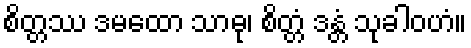
စိတ္တဿ ဒမထော သာဓု၊ စိတ္တံ ဒန္တံ သုခါဝဟံ။